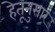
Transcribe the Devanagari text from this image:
हेतूनुसार